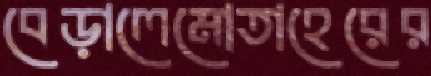
বেড়ালেমোতাহেরের